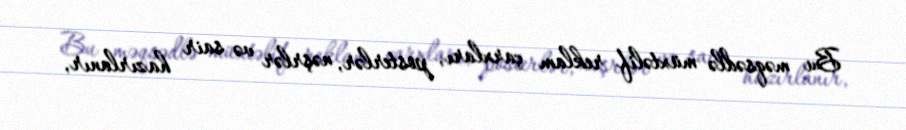
Bu məqsədlə müxtəlif reklam çarxları, posterlər, nəşrlər və sair hazırlanır,